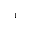
^ { - 1 }